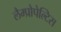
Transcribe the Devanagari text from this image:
लैम्प्रोपेल्टिस